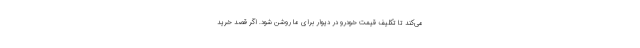
می‌کند تا تکلیف قیمت خودرو در دیوار برای ما روشن شود. اگر قصد خرید